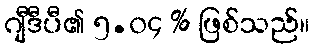
ဂျီဒီပီ၏ ၅.၀၄ % ဖြစ်သည်။